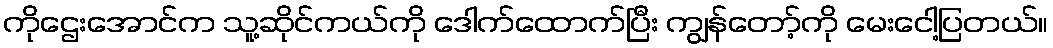
ကိုဌေးအောင်က သူ့ဆိုင်ကယ်ကို ဒေါက်ထောက်ပြီး ကျွန်တော့်ကို မေးငေါ့ပြတယ်။